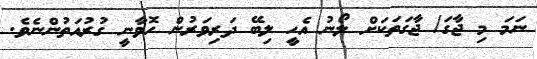
ނަމަ މި ޖާގަ/ ޖާގަތަކަށް ލޯނު އެހީ ލިބޭ ދަރިވަރުން ހޮވާނީ ގުރުއަތުންނެވެ.